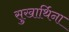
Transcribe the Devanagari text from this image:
सुखार्थिना